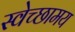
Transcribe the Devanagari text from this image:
स्वेच्छामय